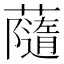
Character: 𧁼